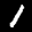
Label: 1